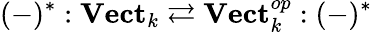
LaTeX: (-)^{*}:\mathbf{Vect}_{k}\rightleftarrows\mathbf{Vect}_{k}^{op}:(-)^{*}